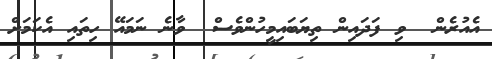
އެއުރެން  ވި ފަދައިން ތިޔަބައިމީހުންވެސް  ވާނެ ނަމައޭ ހިތައި އެކަމަށް